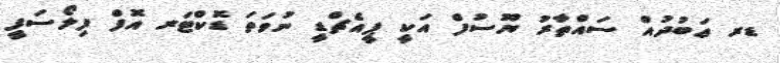
ޑރ ޢަބުދުއް ސައްތާރު ޔޫސުފް އަކީ ޕީއެޗްޑީ ނުވަތަ ޑޮކްޓަރ އޮފް ފިލޯސަފީ